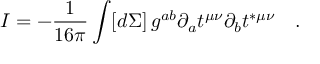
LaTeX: I = - \frac { 1 } { 1 6 \pi } \int [ d \Sigma ] \, g ^ { a b } \partial _ { a } t ^ { \mu \nu } \partial _ { b } t ^ { * \mu \nu } \quad .